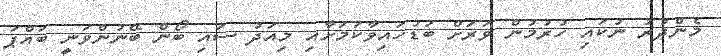
މެންދުރު ނުކައި ހުރުމުން ވަރަށް ބަޑުހައިވާކަމަށާއި މިއަދު ސައި ބޯން ބޭނުންވަނީ ބައްޕަ